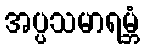
အပ္ပသမာရမ္ဘံ